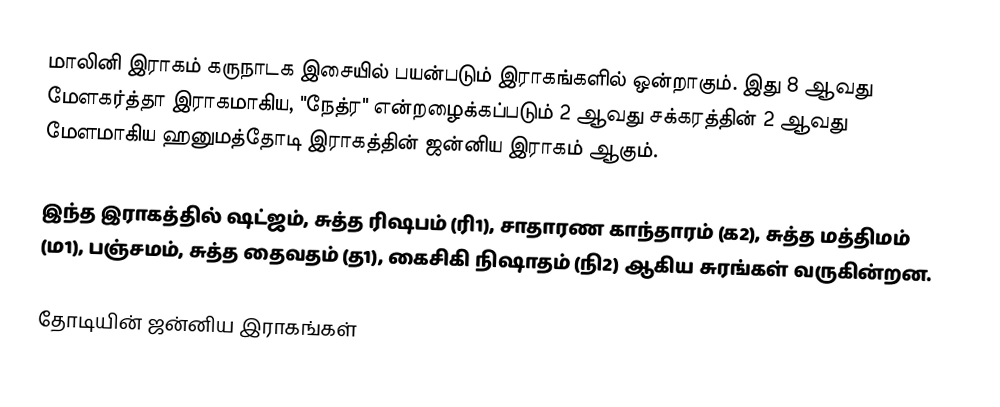
மாலினி இராகம் கருநாடக இசையில் பயன்படும் இராகங்களில் ஒன்றாகும். இது 8 ஆவது மேளகர்த்தா இராகமாகிய, "நேத்ர" என்றழைக்கப்படும் 2 ஆவது சக்கரத்தின் 2 ஆவது மேளமாகிய ஹனுமத்தோடி இராகத்தின் ஜன்னிய இராகம் ஆகும்.

இந்த இராகத்தில் ஷட்ஜம், சுத்த ரிஷபம் (ரி1),  சாதாரண காந்தாரம் (க2), சுத்த மத்திமம் (ம1), பஞ்சமம், சுத்த தைவதம் (த1), கைசிகி நிஷாதம்  (நி2) ஆகிய சுரங்கள் வருகின்றன.

தோடியின் ஜன்னிய இராகங்கள்